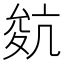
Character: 𡕬